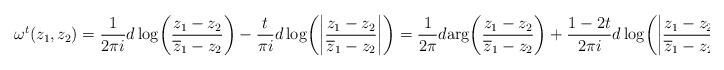
LaTeX: \begin{align*}\omega^t(z_1,z_2)=\frac{1}{2\pi i}d\log\!\left(\frac{z_1-z_2}{\overline z_1-z_2}\right)-\frac{t}{\pi i}d\log\!\left(\left|\frac{z_1-z_2}{\overline z_1-z_2}\right|\right)=\frac{1}{2\pi}d \mathrm{arg}\!\left(\frac{z_1-z_2}{\overline z_1-z_2}\right)+\frac{1-2t}{2\pi i}d\log\!\left(\left|\frac{z_1-z_2}{\overline z_1-z_2}\right|\right).\end{align*}